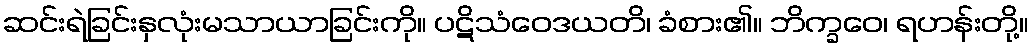
ဆင်းရဲခြင်းနှလုံးမသာယာခြင်းကို။ ပဋိသံဝေဒယတိ၊ ခံစား၏။ ဘိက္ခဝေ၊ ရဟန်းတို့။